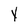
Character: x